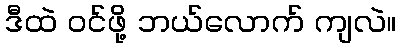
ဒီထဲ ဝင်ဖို့ ဘယ်လောက် ကျလဲ။